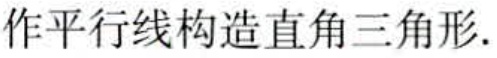
作平行线构造直角三角形.